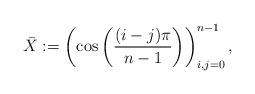
LaTeX: \begin{align*}\bar{X} := \left( \cos \left(\frac{(i-j)\pi}{n-1}\right) \right)_{i,j=0}^{n-1},\end{align*}